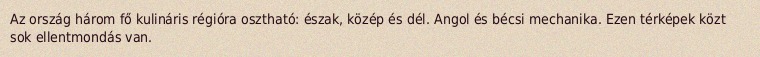
Az ország három fő kulináris régióra osztható: észak, közép és dél. Angol és bécsi mechanika. Ezen térképek közt sok ellentmondás van.